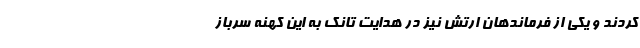
کردند و یکی از فرماندهان ارتش نیز در هدایت تانک به این کهنه سرباز